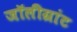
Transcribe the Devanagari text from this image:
जॉलीग्रांट